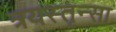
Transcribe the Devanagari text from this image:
त्रयस्तृन्सा